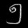
Digit: ၅